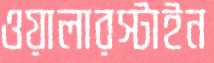
ওয়ালারস্টাইন